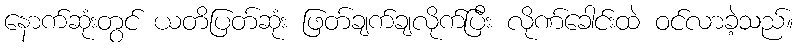
နောက်ဆုံးတွင် ယတိပြတ်ဆုံး ဖြတ်ချက်ချလိုက်ပြီး လိုဏ်ခေါင်းထဲ ဝင်လာခဲ့သည်။